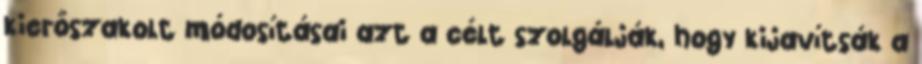
kierőszakolt módosításai azt a célt szolgálják, hogy kijavítsák a